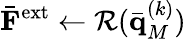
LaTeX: \bar{\mathbf F}^{\textrm{ext}}\gets\mathcal{R}(\bar{\mathbf q}_{M}^{(k)})